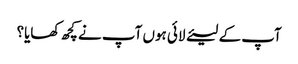
آپ کے لیئے لائی ہوں آپ نے کچھ کھایا؟